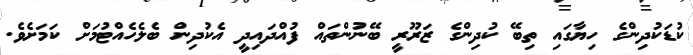
ކުޑަކުދިންގެ ހިޔާގައި ތިބޭ ކުދިންގެ ޒަރޫރީ ބޭނުންތައް ފުއްދައިދީ އެކުދިން ބެލެހެއްޓުމަށް ކަމަށެވެ.